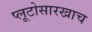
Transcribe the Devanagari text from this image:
प्लूटोसारखाच